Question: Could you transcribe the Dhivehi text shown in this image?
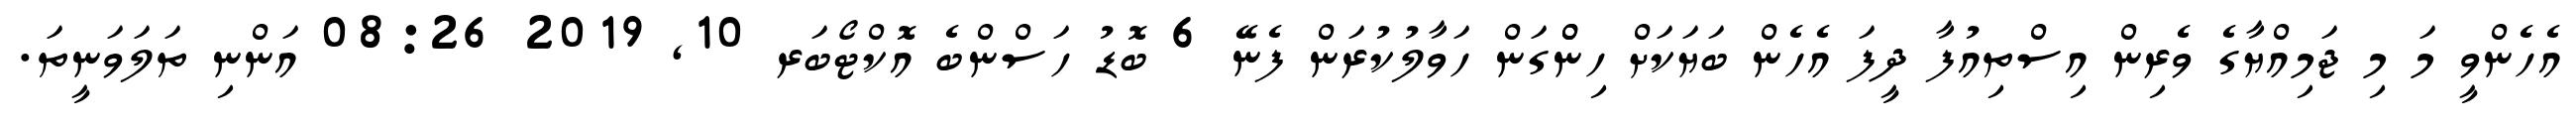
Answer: އެހެންވީ މަ މި ޖަމިއްޔާގެ ވެރިން އިސްތިއުފާ ދީފަ އެހެން ބަޔަކަށް ހިންްގަން ހަވާލުކުރަން ފެނޭ 6 ބޮޑު ހަސްންބެ އޮކްޓޯބަރ 10, 2019 08:26 އަންނި ތަލަވަނީތަ.